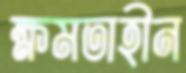
ক্ষমতাহীন